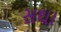
સથા